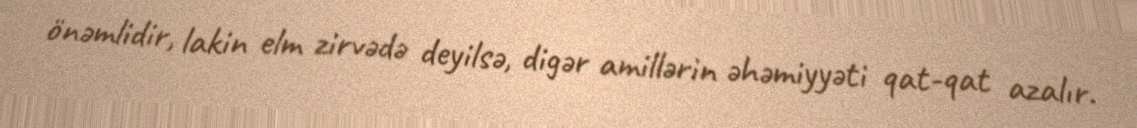
önəmlidir, lakin elm zirvədə deyilsə, digər amillərin əhəmiyyəti qat-qat azalır.